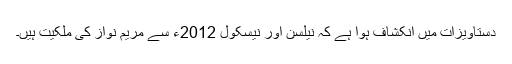
دستاویزات میں انکشاف ہوا ہے کہ نیلسن اور نیسکول 2012ء سے مریم نواز کی ملکیت ہیں۔